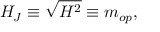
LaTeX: { \cal H } _ { J } \equiv \sqrt { { \cal H } ^ { 2 } } \equiv m _ { o p } ,